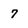
Character: 7